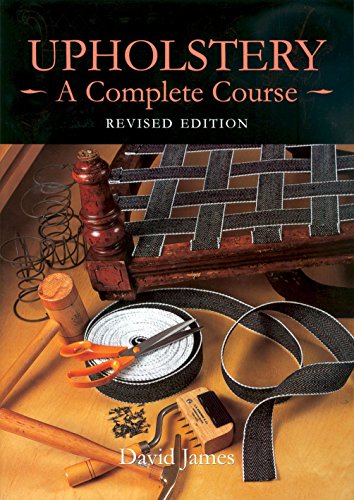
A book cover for Upholstery: A Complete Course: Revised Edition; David James; Crafts, Hobbies & Home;